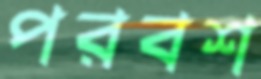
পরবশ